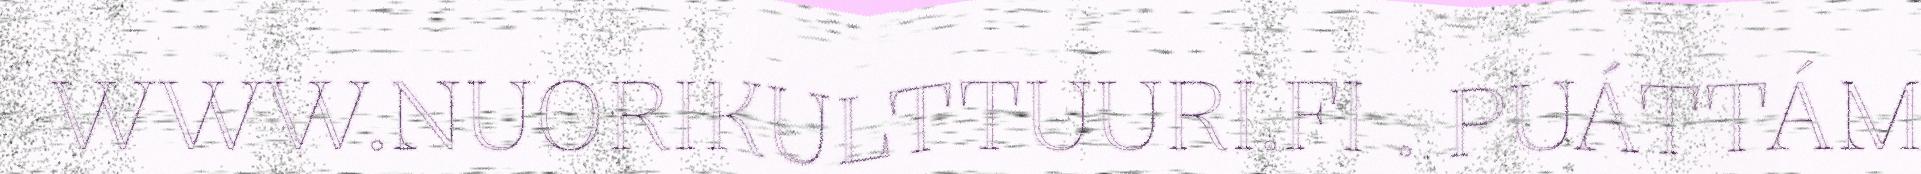
WWW.NUORIKULTTUURI.FI . PUÁTTÁM